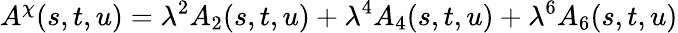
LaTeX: A^{\chi}(s,t,u)=\lambda^{2}A_{2}(s,t,u)+\lambda^{4}A_{4}(s,t,u)+\lambda^{6}A_{6}(s,t,u)